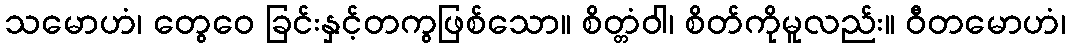
သမောဟံ၊ တွေဝေ ခြင်းနှင့်တကွဖြစ်သော။ စိတ္တံဝါ၊ စိတ်ကိုမူလည်း။ ဝီတမောဟံ၊